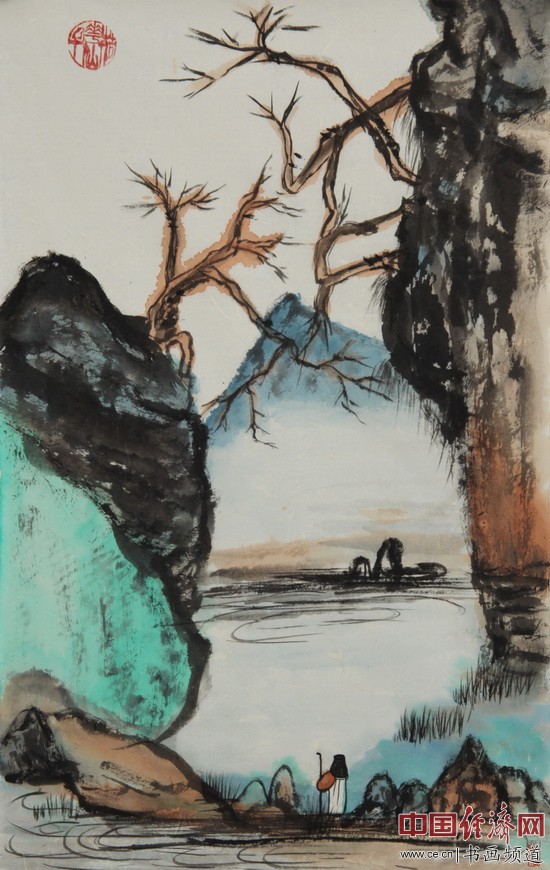
天门中断楚江开，碧水东流至此回。